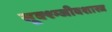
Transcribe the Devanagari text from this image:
सूक्श्म्जीवशास्त्र